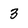
Character: 3